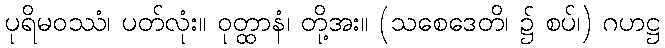
ပုရိမဝဿံ၊ ပတ်လုံး။ ဝုတ္ထာနံ၊ တို့အး။ (သစေဒေတိ၊ ၌ စပ်၊) ဂဟဋ္ဌ